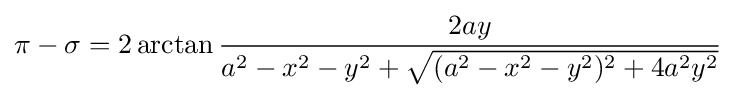
\pi -\sigma =2\arctan {\frac {2ay}{a^{2}-x^{2}-y^{2}+{\sqrt {(a^{2}-x^{2}-y^{2})^{2}+4a^{2}y^{2}}}}}